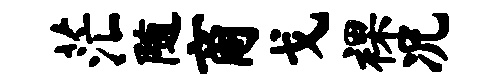
茫随商戈裸况